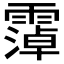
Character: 𫕭